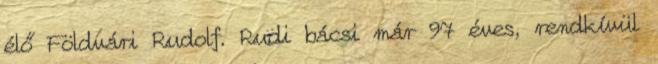
élő Földvári Rudolf. Rudi bácsi már 97 éves, rendkívül